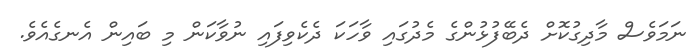
ނަމަވެސް މާދިގުކޮށް ދެބޭފުޅުންގެ މެދުގައި ވާހަކަ ދެކެވިފައި ނުވާކަން މި ބައިން އެނގެއެވެ.